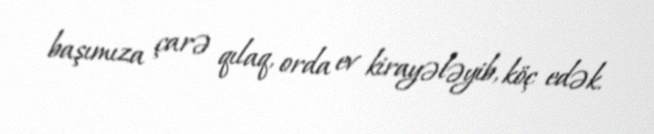
başımıza çarə qılaq, orda ev kirayələyib, köç edək.